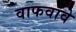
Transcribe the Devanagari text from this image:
वाफवावे